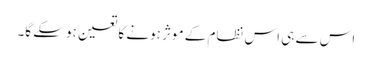
اس سے ہی اس نظام کے موثر ہونے کا تعین ہوسکے گا۔